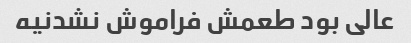
عالی بود طعمش فراموش نشدنیه